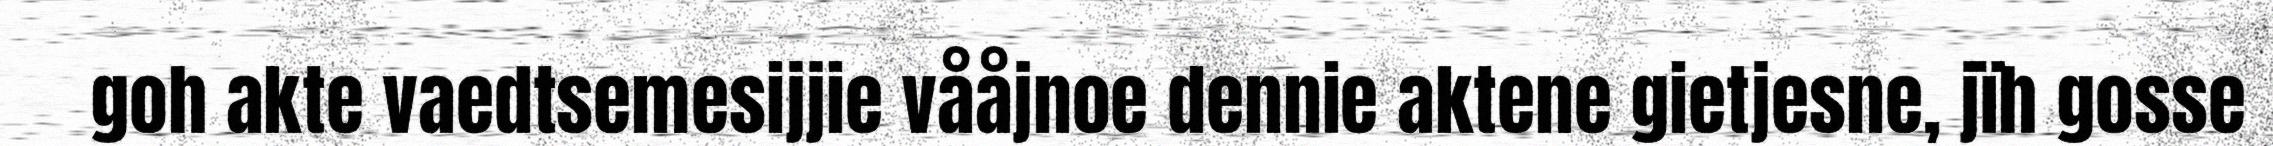
goh akte vaedtsemesijjie vååjnoe dennie aktene gietjesne, jïh gosse